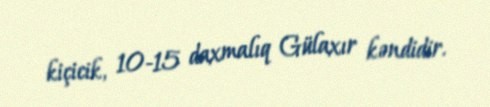
kiçicik, 10-15 daxmalıq Gülaxır kəndidir.